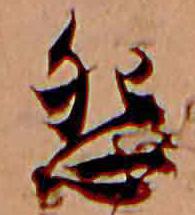
怨